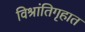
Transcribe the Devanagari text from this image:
विश्रांतिगृहात